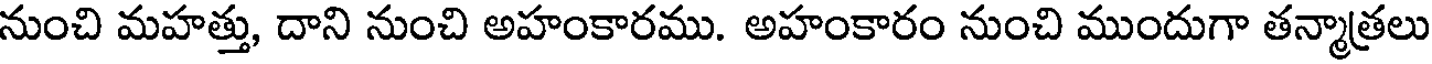
నుంచి మహత్తు, దాని నుంచి అహంకారము. అహంకారం నుంచి ముందుగా తన్మాత్రలు